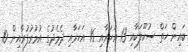
ބައިން ހަތް ސުކޫލަކާއި 13 އަހަރާއި 16 އަހަރާއި ދެމެދުގެ އުމުރުފުރާއިން 10